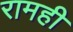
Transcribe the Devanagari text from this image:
रामही